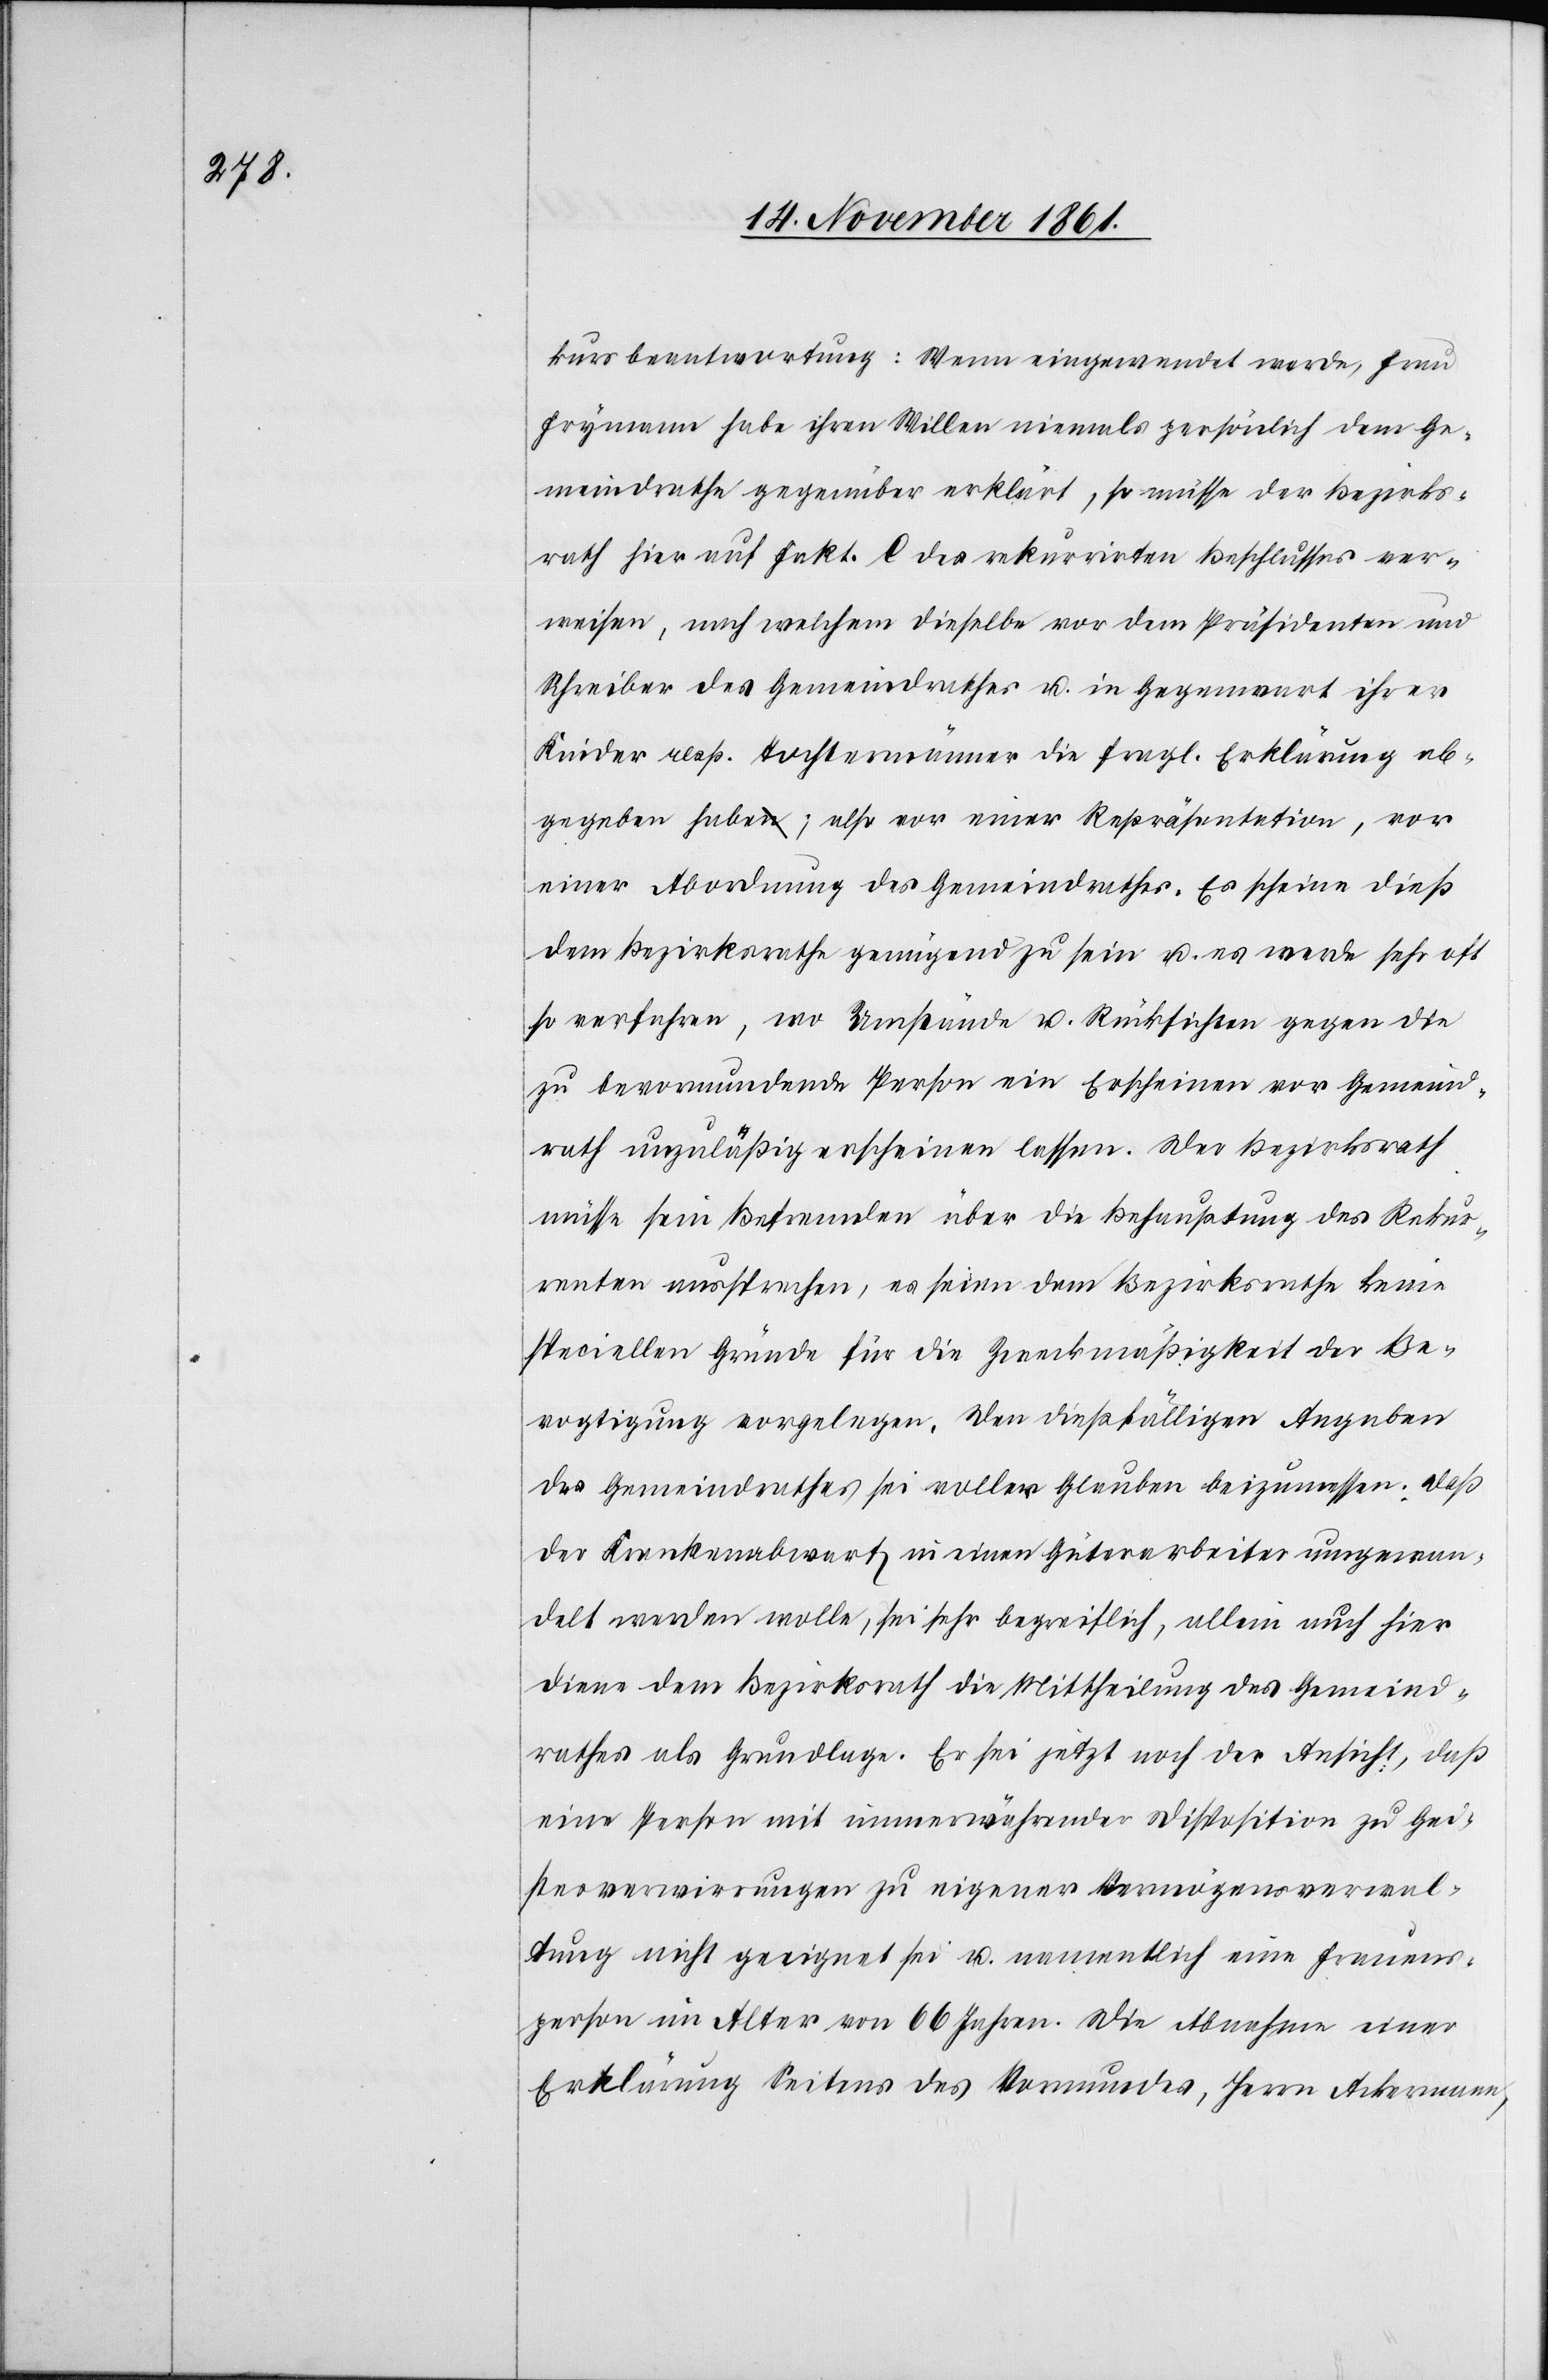
kursbeantwortung: Wenn eingewendet werde, Frau
Frymann habe ihren Willen niemals persönlich dem Ge¬
meindrathe gegenüber erklärt, so müsse der Bezirks¬
rath hier auf Fakt. C des rekurrirten Beschlusses ver¬
weisen, nach welchem dieselbe vor dem Präsidenten und
Schreiber des Gemeindrathes u. in Gegenwart ihrer
Kinder resp. Tochtermänner die fragl. Erklärung ab¬
gegeben habe; also vor einer Repräsentation, vor
einer Abordnung des Gemeindrathes. Es scheine dieß
dem Bezirksrathe genügend zu sein u. es werde sehr oft
so verfahren, wo Umstände u. Rücksichten gegen die
zu bevormundende Person ein Erscheinen vor Gemeind¬
rath unzuläßig erscheinen lassen. Der Bezirksrath
müsse sein Befremden über die Behauptung des Rekur¬
renten aussprechen, es seien dem Bezirksrathe keine
speciellen Gründe für die Zweckmäßigkeit der Be¬
vogtigung vorgelegen. Den dießfälligen Angaben
des Gemeindrathes sei voller Glauben beizumessen: daß
der Krankenabwart in einen Güterarbeiter umgewan¬
delt werden wolle, sei sehr begreiflich, allein auch hier
diene dem Bezirksrath die Mittheilung des Gemeind¬
rathes als Grundlage. Er sei jetzt noch der Ansicht, daß
eine Person mit immerwährender Disposition zu Gei¬
stesverwirrungen zu eigener Vermögensverwal¬
tung nicht geeignet sei u. namentlich eine Frauens¬
person im Alter von 66 Jahren. Die Abnahme einer
Erklärung Seitens des Vormundes, Herrn Ackermann,